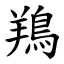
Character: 鴹